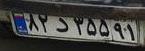
۸۲د۳۵۵۹۱